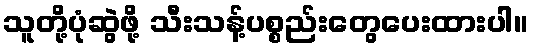
သူတို့ပုံဆွဲဖို့ သီးသန့်ပစ္စည်းတွေပေးထားပါ။